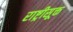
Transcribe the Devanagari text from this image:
राष्ट्रीसूक्त